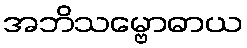
အဘိသမ္ဗောဓာယ